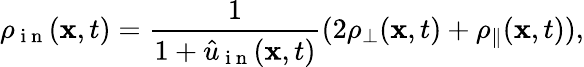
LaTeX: \rho_{\mathrm{~i~n~}}(\textbf{x},t)=\frac{1}{1+\hat{u}_{\mathrm{~i~n~}}(\mathbf{x},t)}(2\rho_{\bot}(\textbf{x},t)+\rho_{\parallel}(\textbf{x},t)),